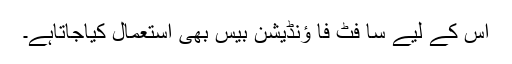
اس کے لیے سا فٹ فا ؤنڈیشن بیس بھی استعمال کیاجاتاہے۔